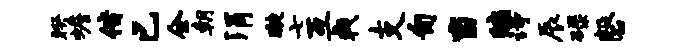
睽蟾偕已全朝涓璇七互戟支匍当编诗辰碌磬